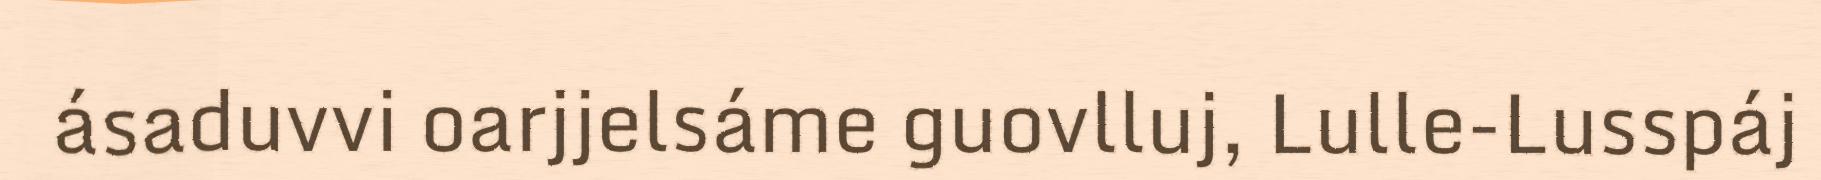
ásaduvvi oarjjelsáme guovlluj, Lulle-Lusspáj